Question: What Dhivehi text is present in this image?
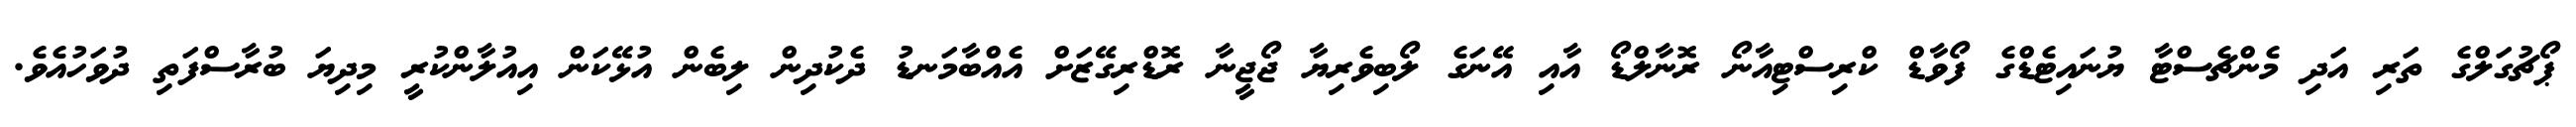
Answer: ޕޯޗުގަލްގެ ތަރި އަދި މެންޗެސްޓާ ޔުނައިޓެޑްގެ ފޯވާޑް ކްރިސްޓިއާނޯ ރޮނާލްޑޯ އާއި އޭނަގެ ލޯބިވެރިޔާ ޖޯޖީނާ ރޮޑްރިގޭޒަށް އެއްބާމަނޑު ދެކުދިން ލިބެން އުޅޭކަން އިއުލާންކުރީ މިދިޔަ ބުރާސްފަތި ދުވަހުއެވެ.